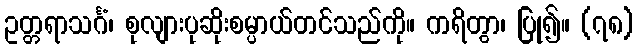
ဥတ္တရာသင်္ဂံ၊ စုလျားပုဆိုးစမ္ပာယ်တင်သည်ကို။ ကရိတွာ၊ ပြု၍။ (၇၈)